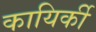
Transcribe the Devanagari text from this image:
कायिर्की